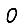
Digit: 0